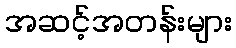
အဆင့်အတန်းများ